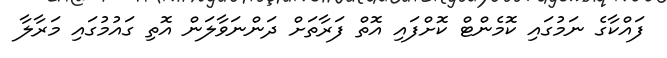
ފައްކާގެ ނަމުގައި ކޮމެންޓް ކޮށްފައި އޮތް ފަރާތަށް ދަންނަވާލަން އޮތި ގައުމުގައި މަރާލާ